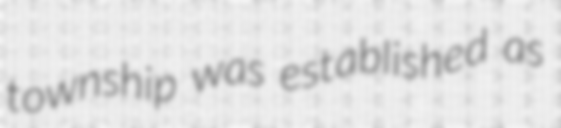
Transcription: township was established as